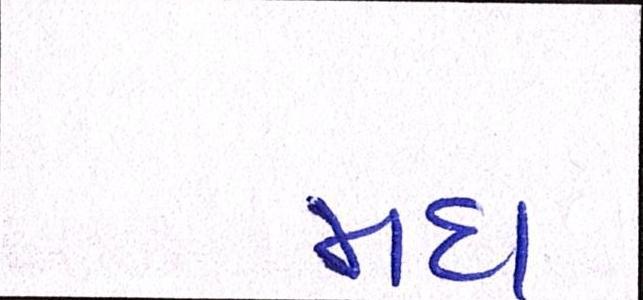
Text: મધ